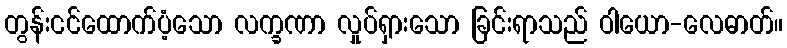
တွန်းငင်ထောက်ပံ့သော လက္ခဏာ လှုပ်ရှားသော ခြင်းရာသည် ဝါယော-လေဓာတ်။